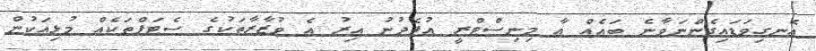
އެނގިވަޑައިގެންނަވާނެ ބައެއް އާ މިނިސްޓްރީ އުފެދުނު އިރު އެ ވުޒާރާތަކުގެ ސެޓަޕްތަކެއް މުޅިއަކުން